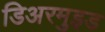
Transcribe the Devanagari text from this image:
डिअरमुइड